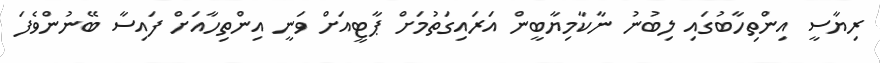
ރިޔާސީ އިންތިހާބުގައި ލިބުނު ނާކާމިޔާބީން އަރައިގަތުމަށް ޕާޓީއަށް ވަނީ އިންތިހާއަށް ފައިސާ ބޭނުންވެފަ